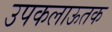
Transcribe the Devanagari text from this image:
उपकलाऊतक